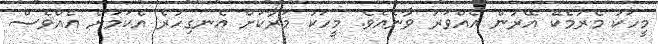
މީހަކު މެރުމެކޭ އޭރުން އެއްވަރު ވާނެއެވެ. މީހަކު މަރާކަށް އެނގިހުރެ އެކަމަށް އެއްވެސް